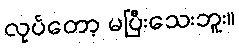
လုပ်တော့ မပြီးသေးဘူး။